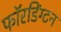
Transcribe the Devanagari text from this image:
फॉरडिंग्टन